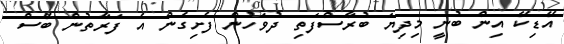
އޭޑިކޭ އިން ބުނީ މިދިޔަ ބުރާސްފަތި ދުވަހުން ފެށިގެން އެ ފަރާތުން ބޭސް